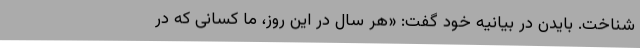
شناخت. بایدن در بیانیه خود گفت: «هر سال در این روز،‌ ما کسانی که در